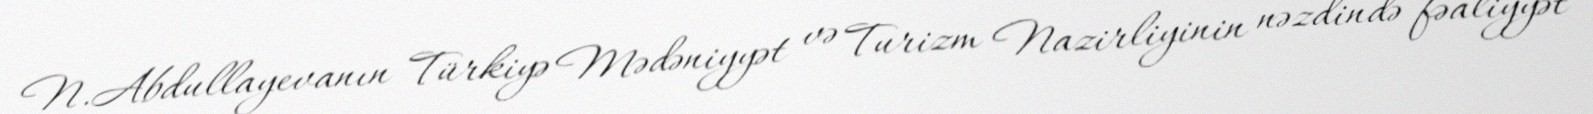
N.Abdullayevanın Türkiyə Mədəniyyət və Turizm Nazirliyinin nəzdində fəaliyyət